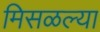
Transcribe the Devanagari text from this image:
मिसळल्या